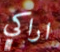
اراكي